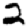
Digit: 2